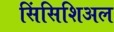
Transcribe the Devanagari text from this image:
सिंसिशिअल